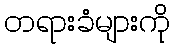
တရားခံများကို